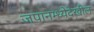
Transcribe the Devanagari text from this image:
जपानम्ध्येदेखील